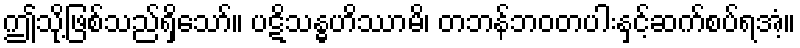
ဤသို့ဖြစ်သည်ရှိသော်။ ပဋိသန္ဓဟိဿာမိ၊ တဘန်ဘဝတပါးနှင့်ဆက်စပ်ရအံ့။